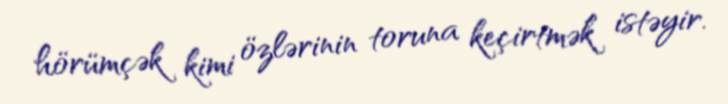
hörümçək kimi özlərinin toruna keçirtmək istəyir.